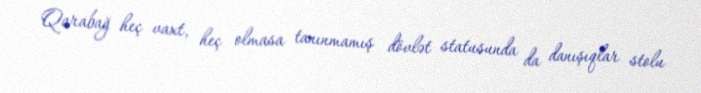
Qarabağ heç vaxt, heç olmasa tanınmamış dövlət statusunda da danışıqlar stolu